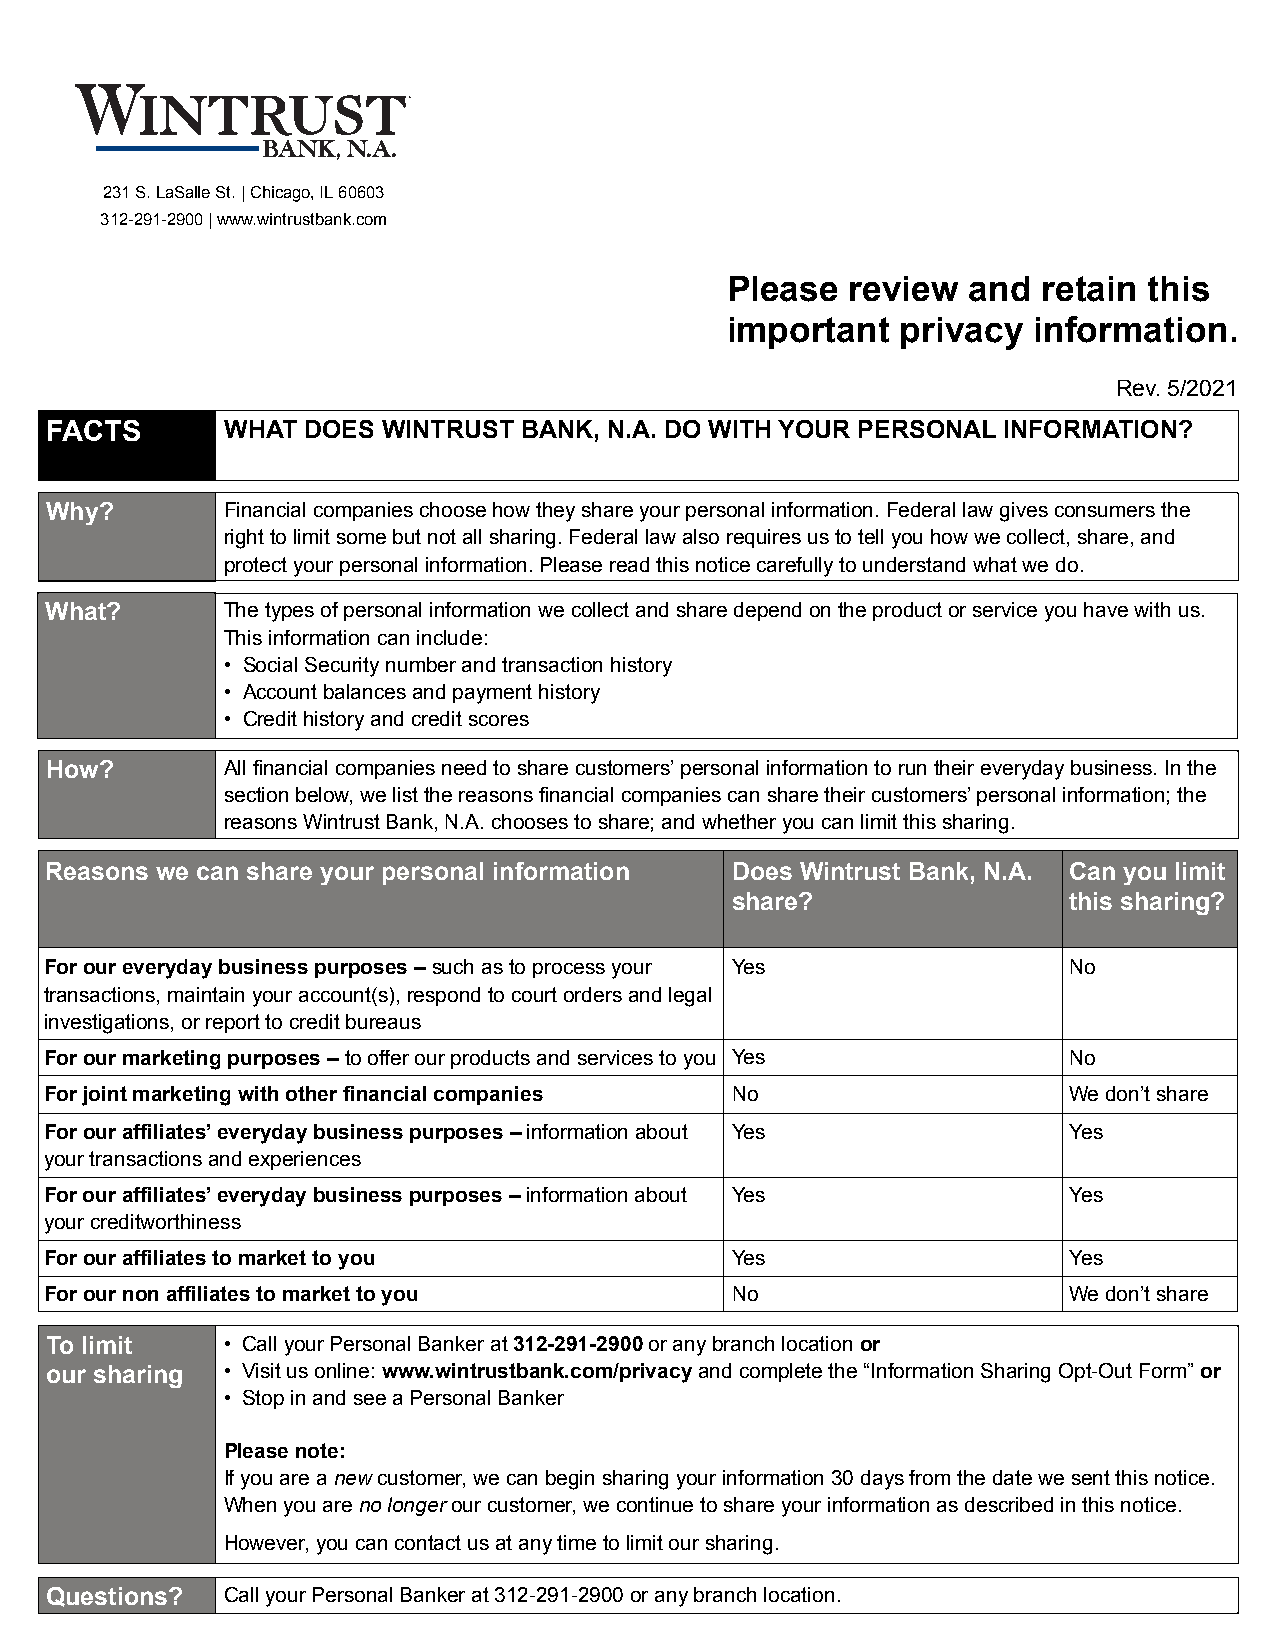
231 S. LaSalle St. | Chicago, IL 60603
 312-291-2900 | www.wintrustbank.com
 Please  review  and  retain this
 important   privacy information.
 Rev. 5/2021
 FACTS       WHAT DOES WINTRUST BANK, N.A. DO WITH YOUR PERSONAL INFORMATION?
 Why?        Financial companies choose how they share your personal information. Federal law gives consumers the
 right to limit some but not all sharing. Federal law also requires us to tell you how we collect, share, and
 protect your personal information. Please read this notice carefully to understand what we do.
 What?       The types of personal information we collect and share depend on the product or service you have with us.
 This information can include:
 • Social Security number and transaction history
 • Account balances and payment history
 • Credit history and credit scores
 How?        All financial companies need to share customers’ personal information to run their everyday business. In the
 section below, we list the reasons financial companies can share their customers’ personal information; the
 reasons Wintrust Bank, N.A. chooses to share; and whether you can limit this sharing.
 Reasons we can share your personal information Does Wintrust Bank, N.A. Can you limit
 share?                 this sharing?
 For our everyday business purposes – such as to process your Yes    No
 transactions, maintain your account(s), respond to court orders and legal
 investigations, or report to credit bureaus
 For our marketing purposes – to offer our products and services to you Yes No
 For joint marketing with other financial companies No               We don’t share
 For our affiliates’ everyday business purposes – information about Yes Yes
 your transactions and experiences
 For our affiliates’ everyday business purposes – information about Yes Yes
 your creditworthiness
 For our affiliates to market to you          Yes                    Yes
 For our non affiliates to market to you      No                     We don’t share
 To limit    • Call your Personal Banker at 312-291-2900 or any branch location or
 our sharing • Visit us online: www.wintrustbank.com/privacy and complete the “Information Sharing Opt-Out Form” or
 • Stop in and see a Personal Banker
 Please note:
 If you are a new customer, we can begin sharing your information 30 days from the date we sent this notice.
 When you are no longer our customer, we continue to share your information as described in this notice.
 However, you can contact us at any time to limit our sharing.
 Questions?  Call your Personal Banker at 312-291-2900 or any branch location.